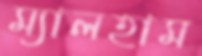
ম্যালহাম